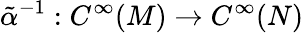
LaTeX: \tilde{\alpha}^{-1}:C^{\infty}(M)\to C^{\infty}(N)